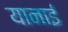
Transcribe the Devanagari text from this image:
यानाई